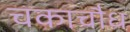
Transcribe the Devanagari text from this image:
चकाचौध